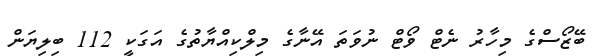
ބޭޒޯސްގެ މިހާރު ނެޓް ވޯޓް ނުވަތަ އޭނާގެ މިލްކިއްޔާތުގެ އަގަކީ 112 ބިލިޔަން